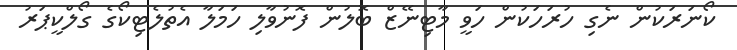
ކޯނަރަކުން ނެގި ހުރަހަކުން ހަވީ މާޓިނޭޒް ބޮލުން ފޮނުވާލި ހަމަލާ އެތުލެޓިކޯގެ ގޯލްކީޕަރު